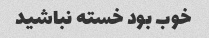
خوب بود خسته نباشید